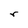
Character: r